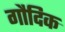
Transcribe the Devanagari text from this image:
गौदिक